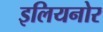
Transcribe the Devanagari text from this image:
इलियनोर